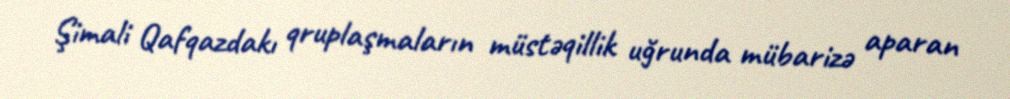
Şimali Qafqazdakı qruplaşmaların müstəqillik uğrunda mübarizə aparan